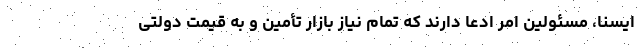
ایسنا، مسئولین امر ادعا دارند که تمام نیاز بازار تأمین و به قیمت دولتی